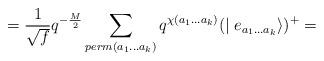
LaTeX: \begin{align*}= \frac {1}{\sqrt {f}} q^{-\frac {M}{2}} \sum _{perm(a_{1}...a_{k})}q^{\chi(a_{1}...a_{k})} (\mid e_{a_{1}...a_{k}}\rangle)^{+}=\end{align*}